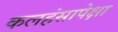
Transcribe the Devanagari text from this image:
कलहंसापेक्षा